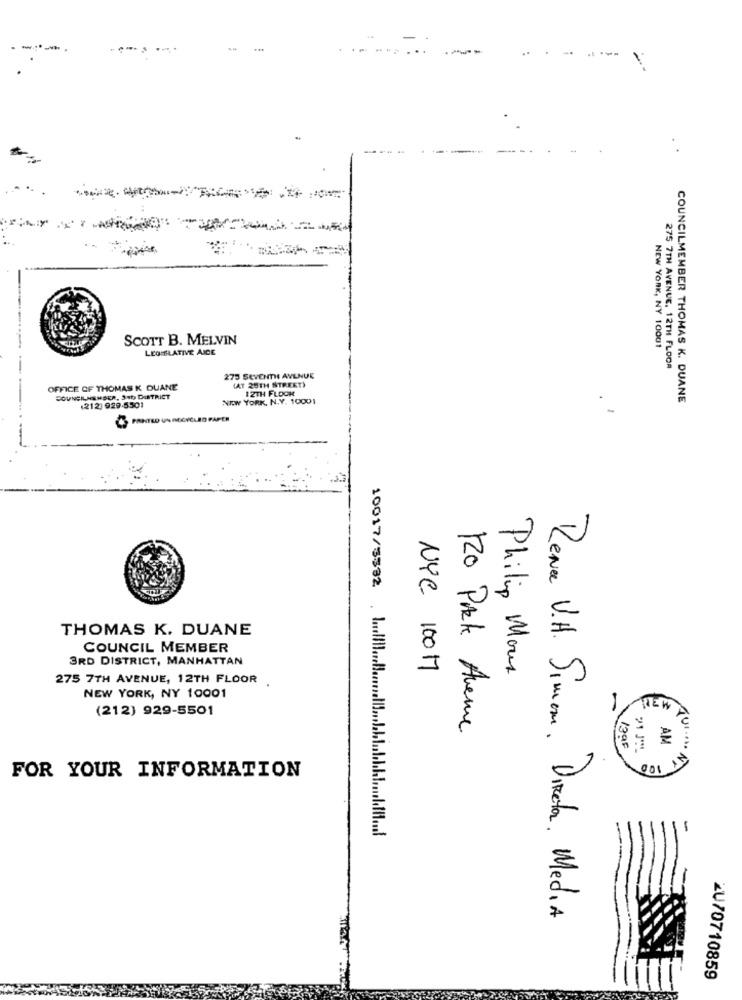
---
SCOTT B. MELVIN
LEOMELATIVE AICE
NEW YORK, NY 10001
--
275 7TH AVENUE, 12TH FLOOR
275 SEVENTH AVENUE
(AT 25TH STREET)
OFFICE OF THOMAS K DUANE
12TH FLOOK
COUNCILNEMSER, 340 DISTRICT
(212) 929-5501
NEW YORK, N.Y. 10001
.
COUNCILMEMBER THOMAS K. DUANE
PRINTED UN RECYCLED PAPER
THOMAS K. DUANE
COUNCIL MEMBER
3RD DISTRICT, MANHATTAN
NYC 100 M
275 7TH AVENUE, 12TH FLOOR
Philip Mous
NEW YORK, NY 10001
(212) 929-5501
REWA
120 Park Avenue
QUI
AM
139F
21 J **
FOR YOUR INFORMATION
10017/3532 //// //
Rene V.H. Simon. DIREta. Media
ZU/0710859